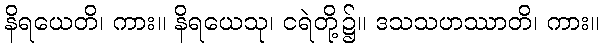
နိရယေတိ၊ ကား။ နိရယေသု၊ ငရဲတို့၌။ ဒသသဟဿာတိ၊ ကား။